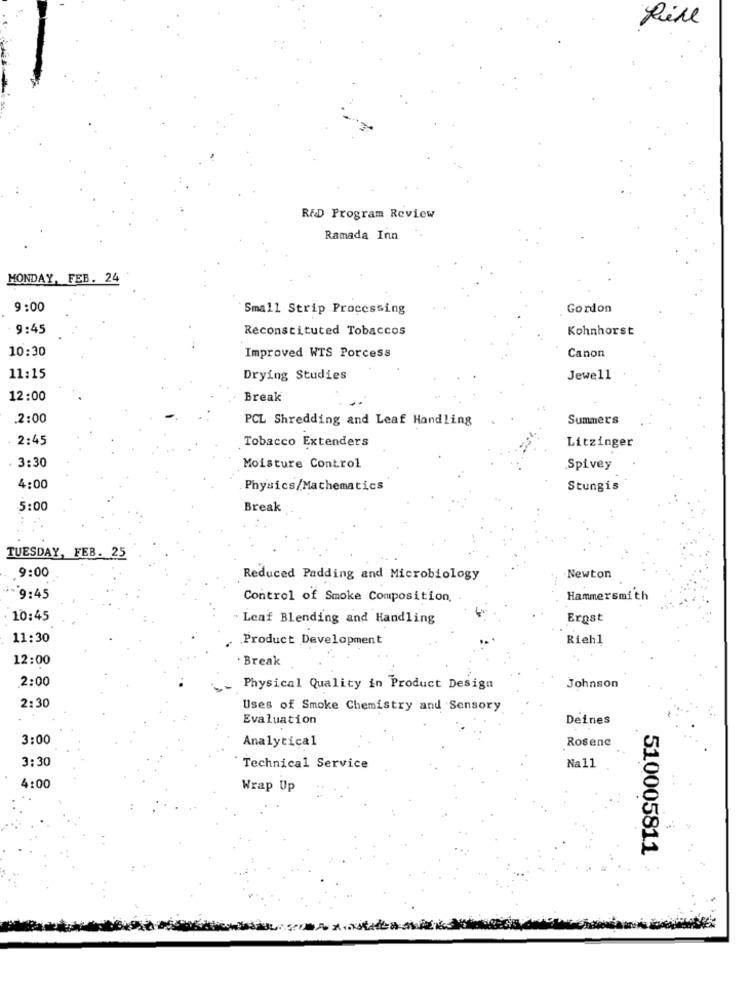
fill
R&D Program Review
Ramada Inn
MONDAY, FEB. 24
9:00
Small Strip Processing
Gordon
9:45
Reconstituted Tobaccos
Kohnhorst
10:30
Canon
Improved WTS Porcess
11:15
Drying Studies
Jewell
12:00
Break
.2:00
PCL Shredding and Leaf Handling
Summers
2:45
Tobacco Extenders
Litzinger
3:30
Moisture Control
Spivey
4:00
Physics/Mathematics
Stungis
5:00
Break
TUESDAY, FEB. 25
9:00
Reduced Padding and Microbiology
Newton
-9:45
Control of Smoke Composition,
Hammersmith
10:45
. Leaf Blending and Handling
Erost
11:30
Product Development
Riehl
12:00
Break
2:00
Physical Quality in Product Design
Johnson
2:30
Uses of Smoke Chemistry and Sensory
Evaluation
Deines
3:00
Rosene
Analytical
3:30
Technical Service
Na11
4:00
Wrap Up
510005811